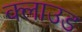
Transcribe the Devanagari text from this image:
क्‍लाउड